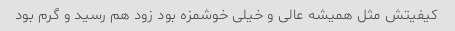
کیفیتش مثل همیشه عالی و خیلی خوشمزه بود زود هم رسید و گرم بود